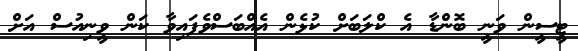
ޓީސީން ވަނީ ބޮންޑާ އެ ކްލަބަށް ކުޅެން އެއްބަސްވެފައިވާ ކަން ވީނިއުސް އަށް